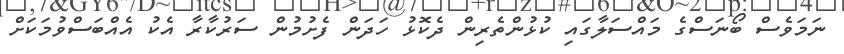
ނަމަވެސް ބޯނަސްގެ މައްސަލާގައި ކުޅުންތެރިން ދެކޮޅު ހަދަން ފެށުމުން ސަރުކާރާ އެކު އެއްބަސްވުމަކަށް